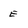
Character: E